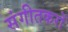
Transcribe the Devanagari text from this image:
संगीतकरों